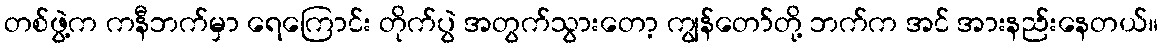
တစ်ဖွဲ့က ကနီဘက်မှာ ရေကြောင်း တိုက်ပွဲ အတွက်သွားတော့ ကျွန်တော်တို့ ဘက်က အင် အားနည်းနေတယ်။